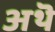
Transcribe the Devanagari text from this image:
अथॆ